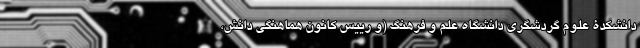
دانشکدۀ علوم گردشگری دانشگاه علم و فرهنگ (و رییس کانون هماهنگی دانش،